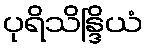
ပုရိသိန္ဒြိယံ